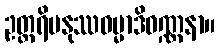
ဥတ္တရိမနုဿဓမ္မာဒိဝဏ္ဏနာ။